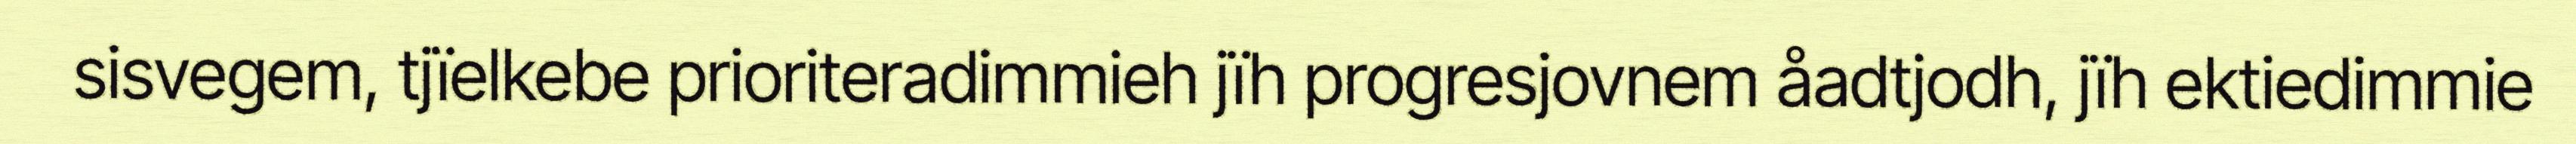
sisvegem, tjïelkebe prioriteradimmieh jïh progresjovnem åadtjodh, jïh ektiedimmie